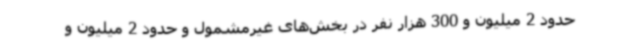
حدود 2 میلیون و 300 هزار نفر در بخش‌های غیرمشمول و حدود 2 میلیون و